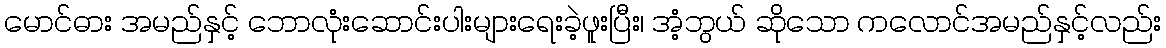
မောင်ဓား အမည်နှင့် ဘောလုံးဆောင်းပါးများရေးခဲ့ဖူးပြီး၊ အံ့ဘွယ် ဆိုသော ကလောင်အမည်နှင့်လည်း